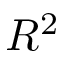
R ^ { 2 }